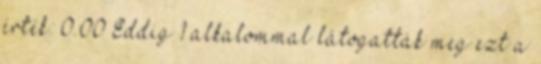
érték: 0.00 Eddig 1 alkalommal látogatták meg ezt a